Report on enteric fever
Disease focus: Fever
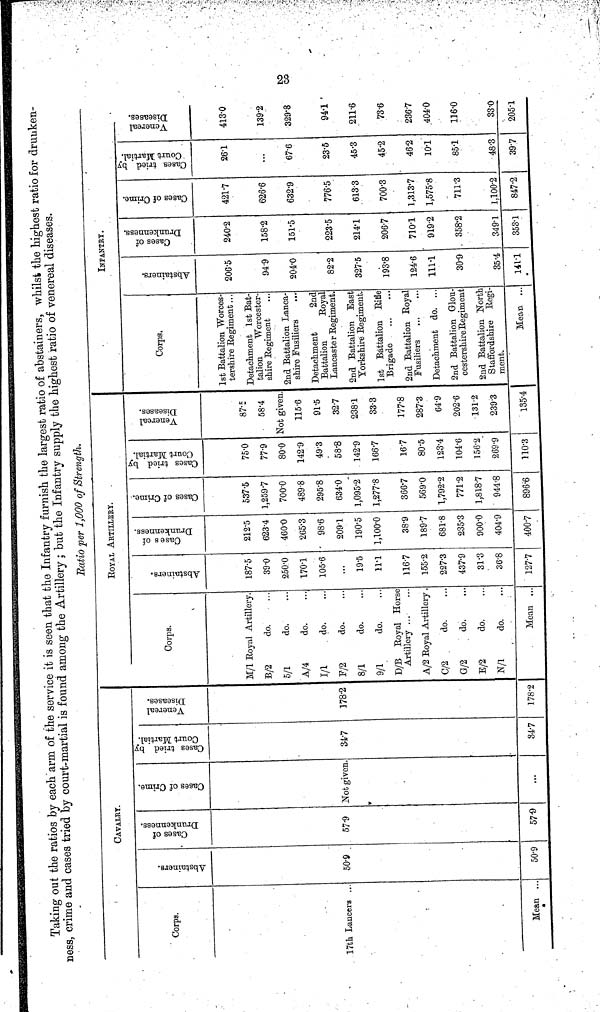
Taking out the ratios by each arm of the service it is seen that the Infantry furnish the largest ratio of abstainers, whilst the highest ratio for drunken-
ness, crime and cases tried by court-martial is found among the Artillery; but the Infantry supply the highest ratio of venereal diseases.
Ratio per 1,000 of Strength.
Ratio per 1,000 of Strength.
CAVALry.
Corps.
17th Lancers ..
Mean . . .
Abstainers.
50 9
50 9
Cases of
Drunkenness.
57 9
57 9
Cases of Crime
Not given.
Casws tried by
Court Martial
34 7
84 7
Venereal
Diseases.
178 2
178 2
ROYAL ArTILLERY.
Corps.
M/1 Royal Artillery.
B/2
do.
5/1
do.
A/4
do.
I/1
do.
F/2
do.
8/1
do.
9/1
do.
D/B Royal Horse
Artillery
A/2 Royal Artillery .
C/2
do.
G/2
do.
B/2
do.
N/1
do.
Mean ...
Abstainers.
187 5
39 0
250 0
1701
105 6
...
19 5
11 1
116 7
155 2
227 3
437 9
31 3
36 8
127 7
Cases of
Drunkenness.
212 5
623 4
460 0
265 3
98 6
209 1
190 5
1,100 0
38 9
189 7
681 8
235 3
900 0
404 9
400 7
Cases of Crime
537 5
1,259 7
700 0
489 8
295 8
634 0
1,095 2
1,277 8
366 7
569 0
1,792 2
771 2
1,818 7
944 8
896 6
Cases tried by
Court Martial
75Cases tried by0
77 9
80 0
142 9
49 3
58 8
142 9
166 7
16 7
80 5
123 4
104 6
1562
269 9
110 3
Venereal
Diseases.
87 5
58 4
Not given.
115 6
91 5
32 7
238 1
33 3
177 8
287 3
64 9
202 6
131 2
239 3
135 4
INFANTRY.
Corps.
1st Battalion Worces-
tershire Regiment ...
Detachment 1st Bat-
talion
Worcester-
shire Regiment
2nd Battalion Lanca-
shire Fusiliers
...
Detachment
2nd
Battalion
Royal
Lancaster Regiment.
2nd Battalion East
Yorkshire Regiment.
1st Battalion Ritle
Brigade
2nd Battalion Royal
Fusihers
Detachment do. . .
2nd Battalion Glou-
cestershire Regiment
2nd Battalion North
Staffordshire Regi-
ment.
Mean ...
Abstainers.
206 5
94 9
204 0
82 2
327 5
193'8
124 6
1111
30 9
35 4
141 1
*
Cases of
Drunkenness.
240 2
158 2
151 5
223 5
214 1
206 7
710 1
919 2
358 2
349 1
353 1
Cases of Crime.
421 7
626 6
632 9
776 5
613 3
700 3
1,313 7
1,575 8
711 3
1,100 2
847 2
Cases tried by
Court Martial.
26 1
...
67 6
23 5
45 3
45 2
46 2
10 1
85 1
48 3
39 7
Venereal
Diseases.
413 0
139 2
2
329 8
3
94 1
211 6
73 6
236 7
404 0
116 0
33 0
205 1